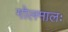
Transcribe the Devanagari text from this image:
गोलमालः